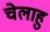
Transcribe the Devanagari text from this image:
चेलाहु